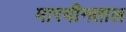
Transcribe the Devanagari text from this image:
मारयीनताल